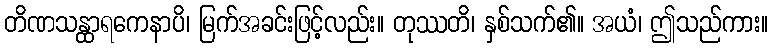
တိဏသန္ထာရကေနာပိ၊ မြက်အခင်းဖြင့်လည်း။ တုဿတိ၊ နှစ်သက်၏။ အယံ၊ ဤသည်ကား။